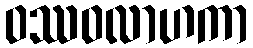
ဝဿဝလာဟကာ